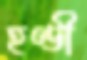
হণ্ডী